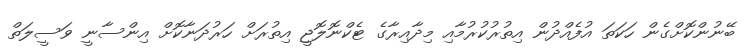
ބޭނުންކޮށްގެން ހަކަތަ އުފެއްދުން އިތުރުކުރުމާއި މިދާއިރާގެ ޓެކްނޮލޮޖީ އިތުރަށް ހަރުދަނާކޮށް އިންސާނީ ވަސީލަތް